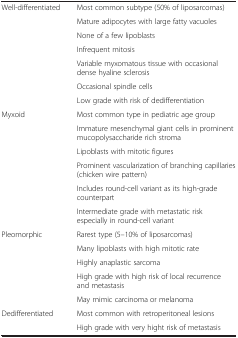
|  |  |
 | --- | --- |
 | <ROWSPAN=7> Well-differentiated | Most common subtype (50% of liposarcomas) |
 | Mature adipocytes with large fatty vacuoles |
 | None of a few lipoblasts |
 | Infrequent mitosis |
 | Variable myxomatous tissue with occasional dense hyaline sclerosis |
 | Occasional spindle cells |
 | Low grade with risk of dedifferentiation |
 | <ROWSPAN=6> Myxoid | Most common type in pediatric age group |
 | Immature mesenchymal giant cells in prominent mucopolysaccharide rich stroma |
 | Lipoblasts with mitotic figures |
 | Prominent vascularization of branching capillaries (chicken wire pattern) |
 | Includes round-cell variant as its high-grade counterpart |
 | Intermediate grade with metastatic risk especially in round-cell variant |
 | <ROWSPAN=5> Pleomorphic | Rarest type (5–10% of liposarcomas) |
 | Many lipoblasts with high mitotic rate |
 | Highly anaplastic sarcoma |
 | High grade with high risk of local recurrence and metastasis |
 | May mimic carcinoma or melanoma |
 | <ROWSPAN=2> Dedifferentiated | Most common with retroperitoneal lesions |
 | High grade with very hight risk of metastasis |